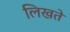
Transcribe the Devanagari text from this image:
लिखते